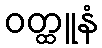
ဝတ္ထူနံ